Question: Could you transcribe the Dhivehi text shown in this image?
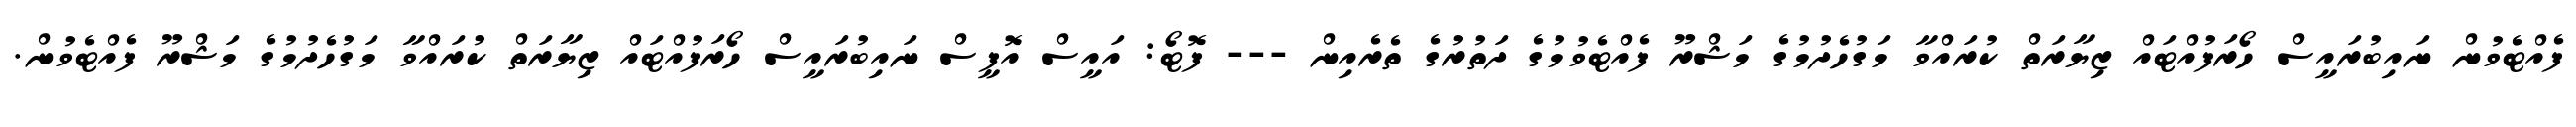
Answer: ފެއްޓެވުން ނައިބުރައީސް ހޯރަފުއްޓައް ޒިޔާރަތް ކުރައްވާ މަގުހެދުމުގެ މަޝްރޫ ފެއްޓެވުމުގެ ދަތުރުގެ ތެރެއިން --- ފޮޓޯ: އައީސް އޮފީސް ނައިބުރައީސް ހޯރަފުއްޓައް ޒިޔާރަތް ކުރައްވާ މަގުހެދުމުގެ މަޝްރޫ ފެއްޓެވުން.